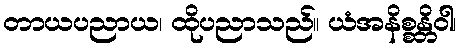
တာယပညာယ၊ ထိုပညာသည်။ ယံအနိစ္စန္တိဝါ၊